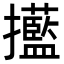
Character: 𢹹